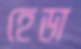
হেডা